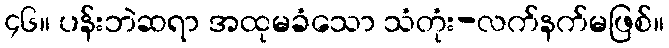
၄၆။ ပန်းဘဲဆရာ အထုမခံသော သံတုံး-လက်နက်မဖြစ်။